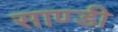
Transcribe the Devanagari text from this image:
साण्‍डी